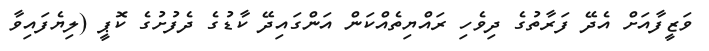
ވަޒީފާއަށް އެދޭ ފަރާތުގެ ދިވެހި ރައްޔިތެއްކަން އަންގައިދޭ ކާޑުގެ ދެފުށުގެ ކޮޕީ (ލިޔެފައިވާ